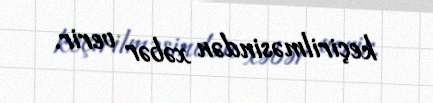
keçirilməsindən xəbər verir.